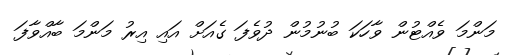
މަންމަ ވެއްޓުން ވާހަކަ ބުނުމުން ދުވެފަ ގެއަށް އައި އިރު މަންމަ ބާއްވާފަ